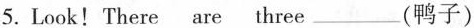
5. Look!There are three___ (鸭子)